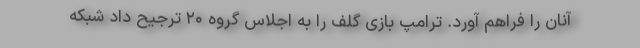
آنان را فراهم آورد. ترامپ بازی گلف را به اجلاس گروه ۲۰ ترجیح داد شبکه